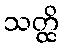
သတ္ထိ